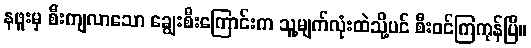
နဖူးမှ စီးကျလာသော ချွေးစီးကြောင်းက သူ့မျက်လုံးထဲသို့ပင် စီးဝင်ကြကုန်ပြီ။